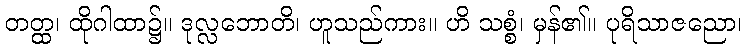
တတ္ထ၊ ထိုဂါထာ၌။ ဒုလ္လဘောတိ၊ ဟူသည်ကား။ ဟိ သစ္စံ၊ မှန်၏။ ပုရိသာဇညော၊